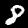
Digit: 8